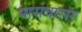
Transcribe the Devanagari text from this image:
मासवासर